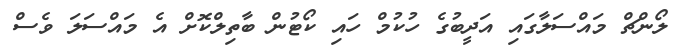
ލޯންޗް މައްސަލާގައި އަދީބުގެ ހުކުމް ހައި ކޯޓުން ބާތިލްކޮށް އެ މައްސަލަ ވެސް